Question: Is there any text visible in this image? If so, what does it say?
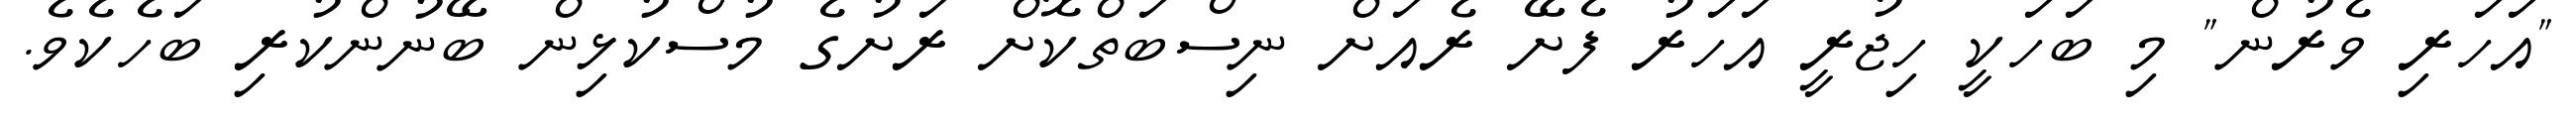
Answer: "އަހަރި ވެރުން" މި ބަހަކީ ހިޖުރީ އަހަރު ފެށޭ ރެއަށް ނިސްބަތްކޮށް ރަށުގެ މުސްކުޅިން ބޭނުންކުރި ބަހެކެވެ.